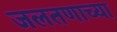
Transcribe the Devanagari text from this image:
जलतणाच्या